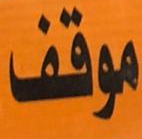
موقف